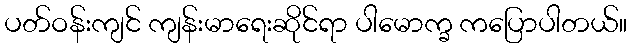
ပတ်ဝန်းကျင် ကျန်းမာရေးဆိုင်ရာ ပါမောက္ခ ကပြောပါတယ်။